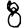
Digit: 8